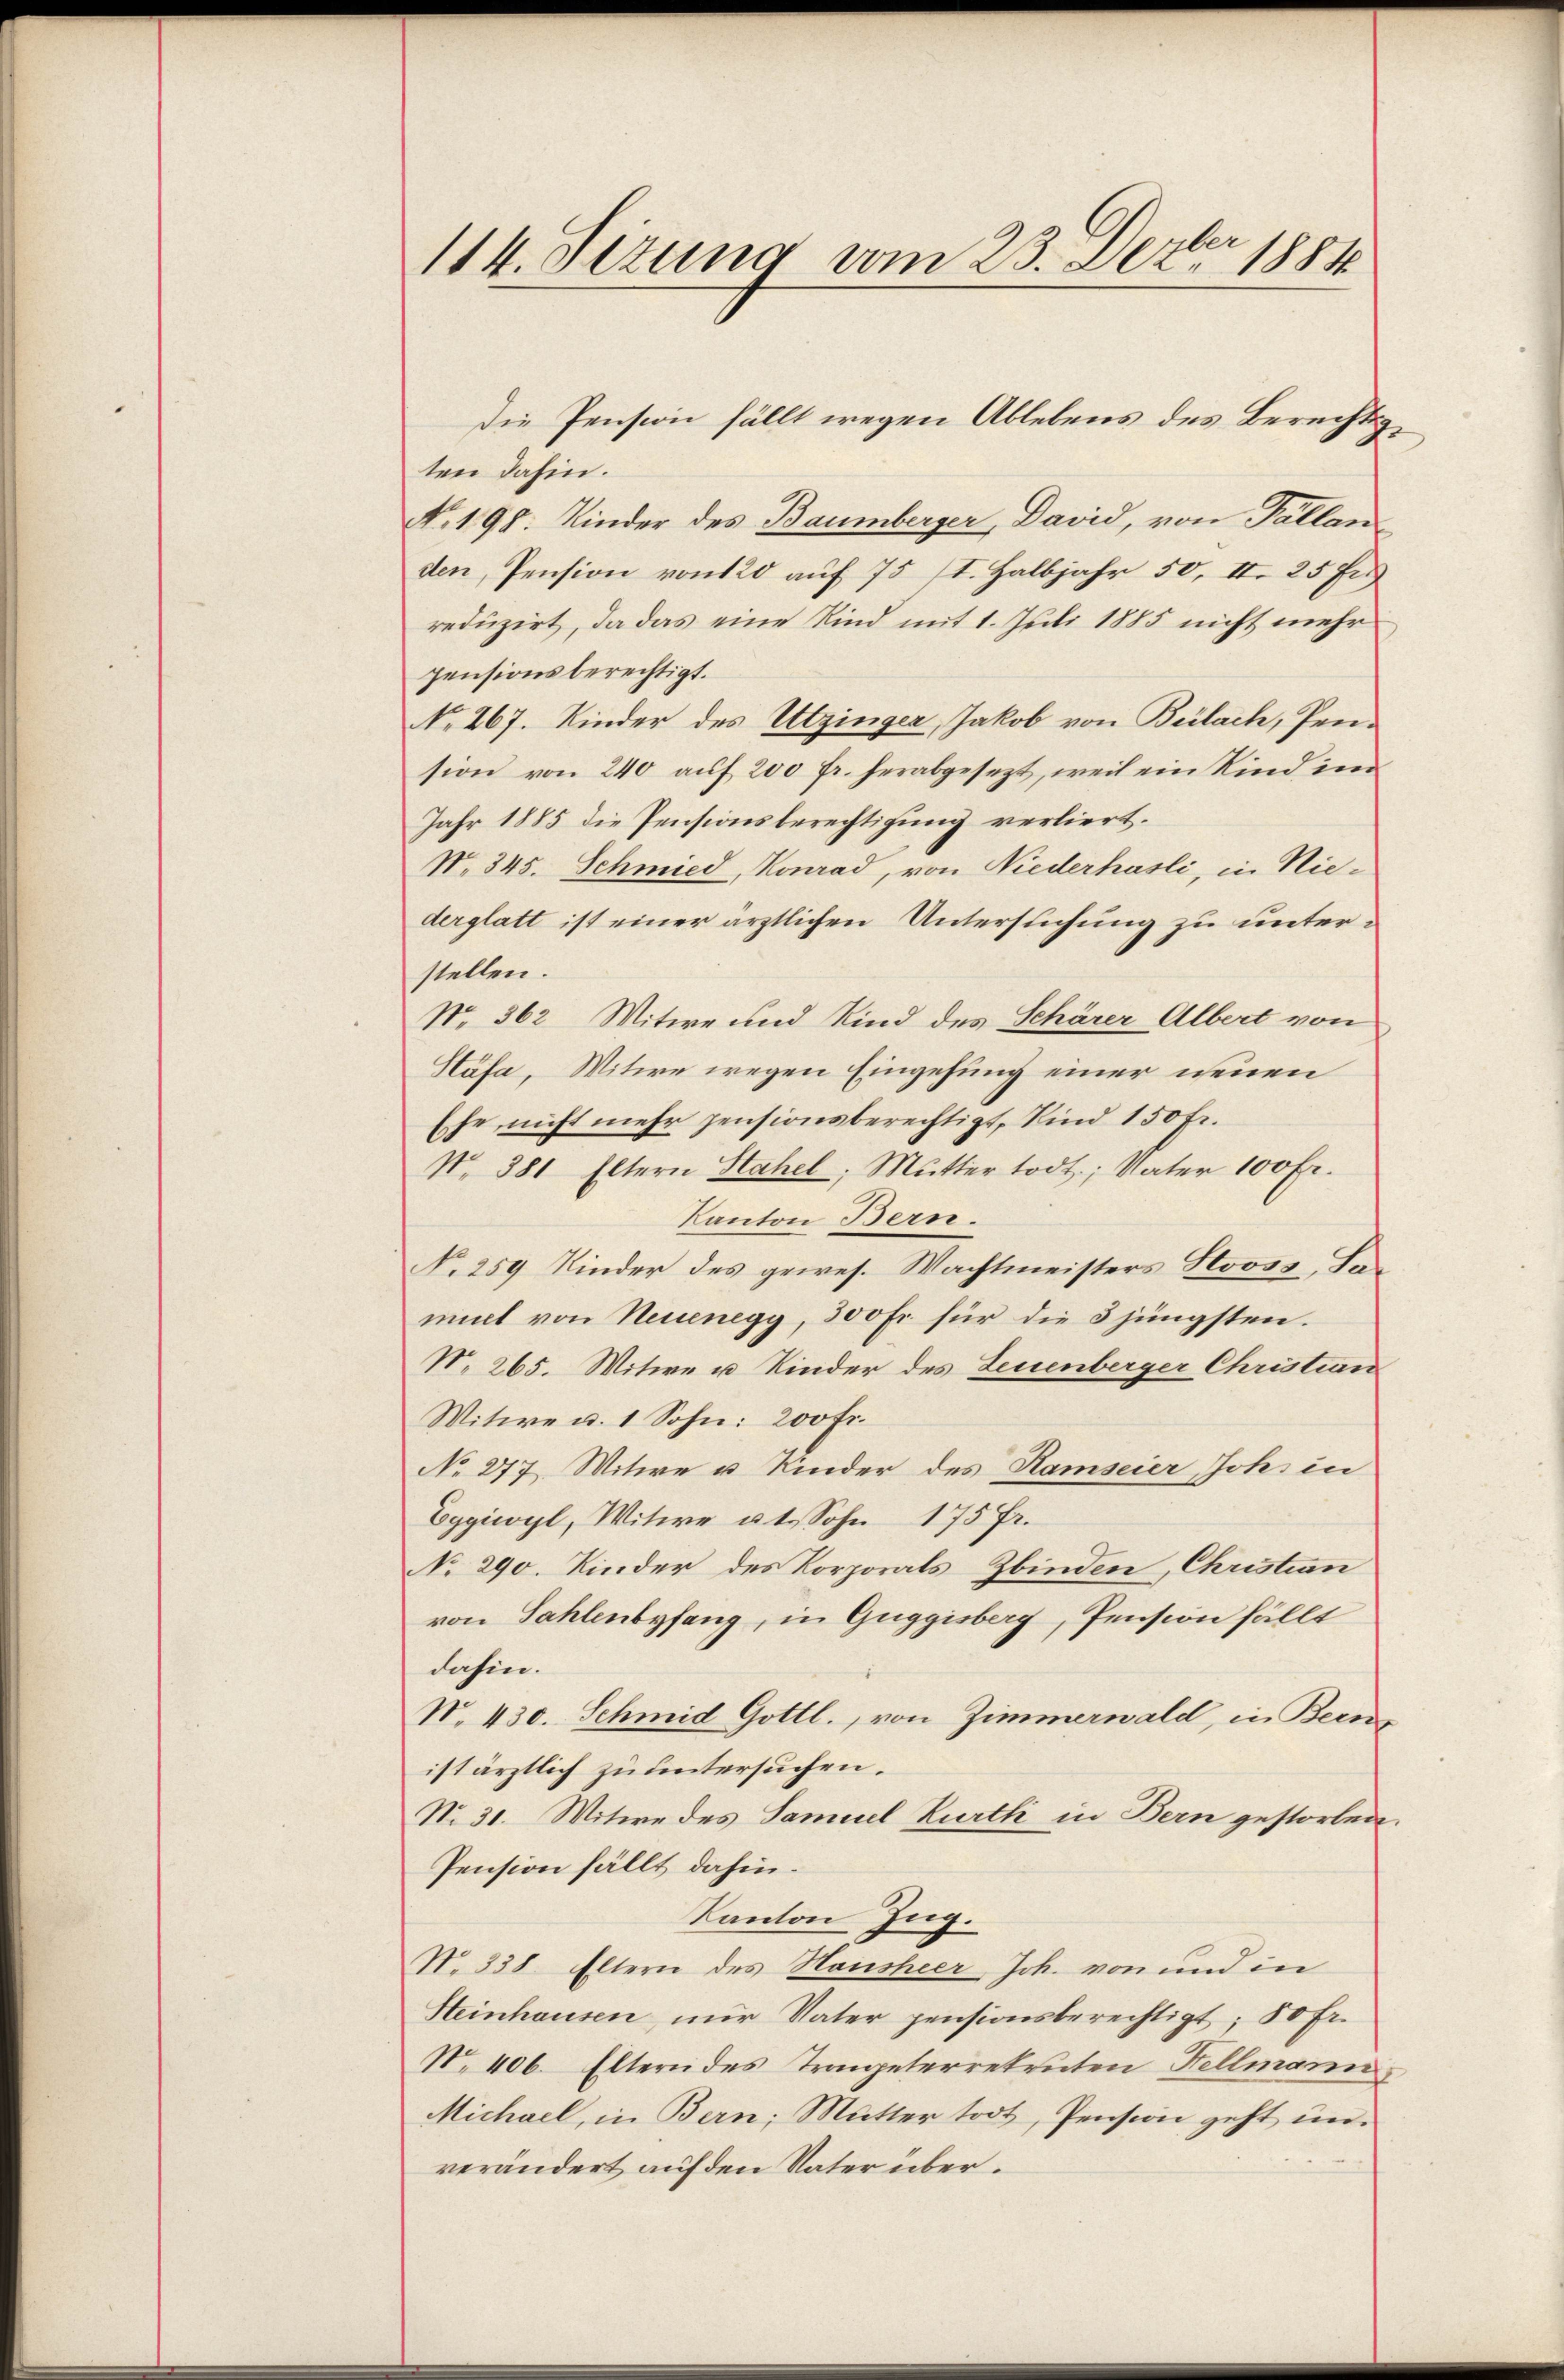
114. Sizung vom 23. Dezbr 1884

Die Pension fällt wegen Ablebens des Berechtsten dahin.
No. 198. Kinder des Baumberger, David, von Tallan-
den, Pension von 120 auf 75 t. Halbjahr 50, II. 25 Fr
reduzirt, da das eine Kind mit 1. Juli 1885 nicht mehr
pensionsberechtigt.
No. 267. Kinder des Utzinger, Jakob von Bülach, Pension von 240 auf 200 fr. herabgesezt, weil ein Kind im
Jahr 1885 die Pensionsberechtigung verliert.
No. 345. Schmied, Konrad, von Niederhasli, in Niederglatt ist einer ärztlichen Untersuchung zu unterstellen.
No. 362 Witwe und Kind des Schärer Albert von
Stäfa, Witwe wegen Eingehung einer neuen
Ehe nicht mehr pensionsberechtigt, Kind 150 Fr.
No. 381 Eltern Stahel, Mutter todt, Vater 100 Fr.
Kanton Bern.
No. 259 Kinder des gewes. Wachtmeisters Stooss, damiet von Neuenegg, 300 Fr. für die 3 jüngsten.
N. 265. Witwe u Kinder des Leuenberger Christian
Witwe u. 1 Sohn: 200 Fr.
No 277. Witwe u Kinder des Ramseier Johs in
Eggiwyl, Witwe at. Sohn 175 Fr.
No 290. Kinder des KorporalsZbinden, Christian
von Sahlenbefang, in Guggisberg, Pension fällt
dahin.
N. 430. Schmid Gottl., von Zimmerwald, in Bern
ist ärztlich zu untersuchen.
No. 31. Witwe des Samuel Kurth in Bern gestorben.
Pension fällt dahin.
Kanton Zug.
N. 338. Eltern des Hausheer, Joh. von und in
Steinhausen, nur Vater pensionsberechtigt; 50 Fr.
No. 406. Eltern des Trompeterrekruten Fellmann,
Michael, in Bern; Mutter todt, Pension geht unverändert auf den Vater über.